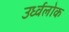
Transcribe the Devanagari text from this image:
उर्ध्वलोक